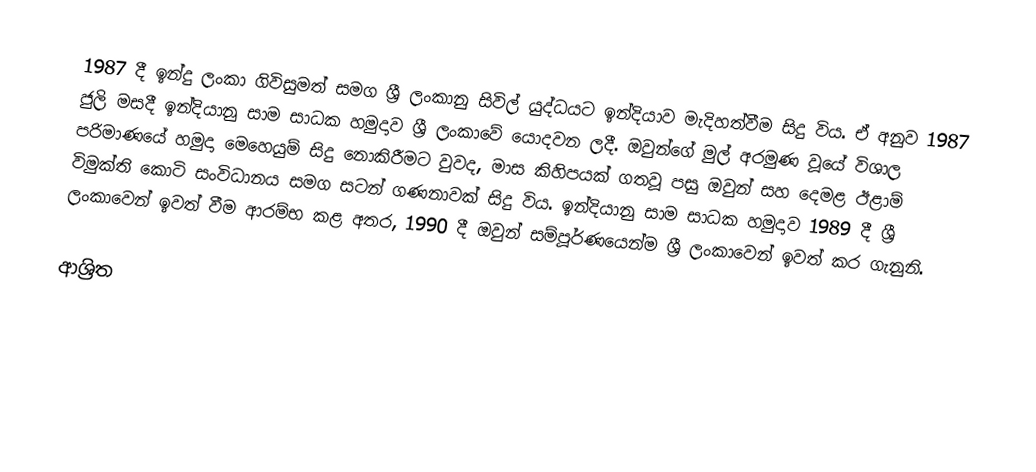
1987 දී ඉන්දු ලංකා ගිවිසුමත් සමග ශ්‍රී ලංකානු සිවිල් යුද්ධයට ඉන්දියාව මැදිහත්වීම සිදු විය. ඒ අනුව 1987 ජුලි මසදී ඉන්දියානු සාම සාධක හමුදාව ශ්‍රී ලංකාවේ යොදවන ලදී. ඔවුන්ගේ මුල් අරමුණ වූයේ විශාල පරිමාණයේ හමුදා මෙහෙයුම් සිදු නොකිරීමට වුවද, මාස කිහිපයක් ගතවූ පසු ඔවුන් සහ දෙමළ ඊළාම් විමුක්ති කොටි සංවිධානය සමග සටන් ගණනාවක් සිදු විය. ඉන්දියානු සාම සාධක හමුදාව 1989 දී ශ්‍රී ලංකාවෙන් ඉවත් වීම ආරම්භ කළ අතර, 1990 දී ඔවුන් සම්පූර්ණයෙන්ම ශ්‍රී ලංකාවෙන් ඉවත් කර ගැනුනි.

ආශ්‍රිත